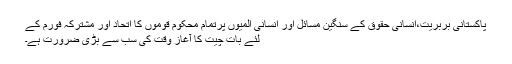
پاکستانی بربریت،انسانی حقوق کے سنگین مسائل اور انسانی المیوں پرتمام محکوم قوموں کا اتحاد اور مشترکہ فورم کے
لئے بات چیت کا آغاز وقت کی سب سے بڑی ضرورت ہے۔